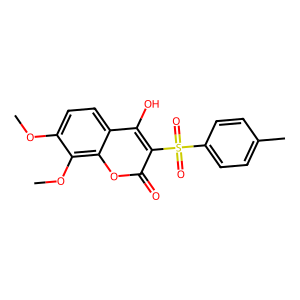
SMILES: COc1ccc2c(O)c(S(=O)(=O)c3ccc(C)cc3)c(=O)oc2c1OC
Inhibits HIV replication: No